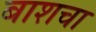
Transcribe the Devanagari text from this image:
बाशचा